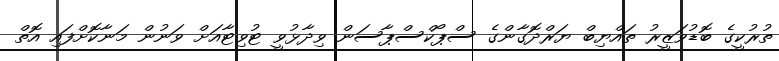
ތުރުކީގެ ބޮޑުވަޒީރު ތައްޔިބް ޔަރްދޮގާންގެ ސްޕޯކްސްޕާސަން ވިދާޅުވީ ޓުވިޓާއަށް ވަނުން މަނާކޮށްފައި އޮތް